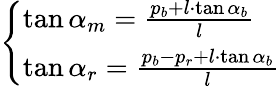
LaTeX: \left\{ \begin{array}{ll}{\tan\alpha_{m}={\frac{p_{b}+l\cdot\tan\alpha_{b}}{l}}}\\ {\tan\alpha_{r}={\frac{p_{b}-p_{r}+l\cdot\tan\alpha_{b}}{l}}}\end{array}\right.